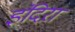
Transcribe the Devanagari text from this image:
इंदिऱा